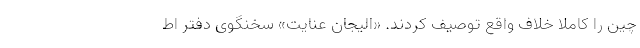
چین را کاملا خلاف واقع توصیف کردند. «الیجان عنایت» سخنگوی دفتر اط